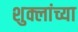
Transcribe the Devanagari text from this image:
शुक्लांच्या